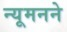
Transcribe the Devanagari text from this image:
न्यूमनने